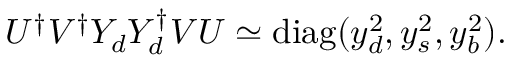
U ^ { \dagger } V ^ { \dagger } Y _ { d } Y _ { d } ^ { \dagger } V U \simeq \mathrm { d i a g } ( y _ { d } ^ { 2 } , y _ { s } ^ { 2 } , y _ { b } ^ { 2 } ) .